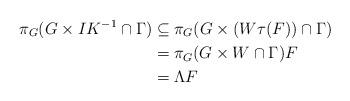
LaTeX: \begin{align*}\pi_G(G \times IK^{-1} \cap \Gamma) &\subseteq \pi_G(G \times (W\tau(F)) \cap \Gamma)\\& = \pi_G(G \times W \cap \Gamma)F\\&= \Lambda F\end{align*}